Annual report of the Punjab Veterinary College and of the Civil Veterinary Department, Punjab - 1926-1932
Year: 1926
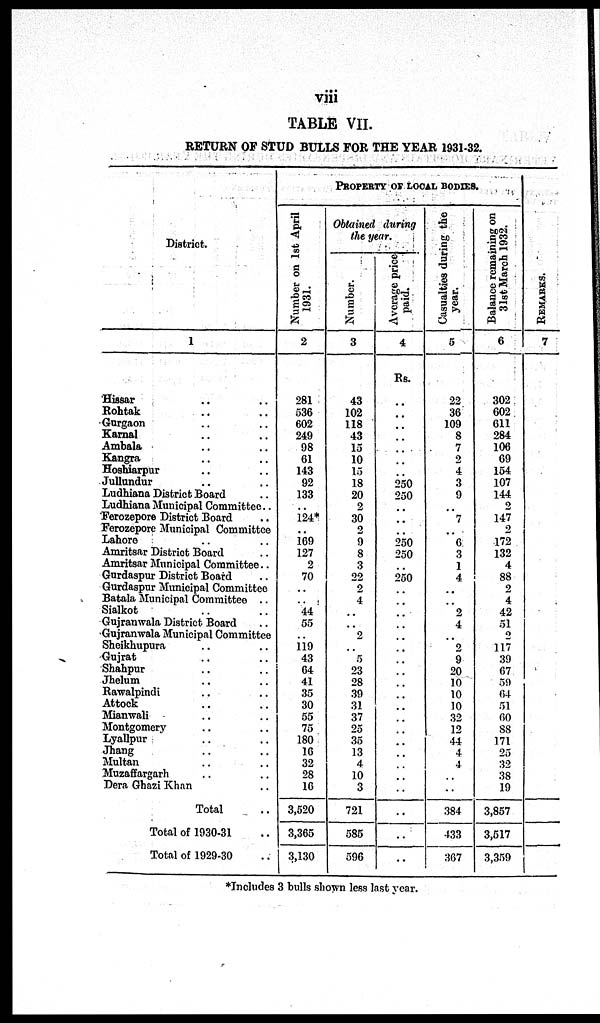
viii
TABLE VII.
RETURN OF STUD BULLS FOR THE YEAR 1931-32.
District.
1
Hissar .. ..
Rohtak .. ..
Gurgaon .. ..
Karnal .. ..
Ambala .. ..
Kangra .. ..
Hoshiarpur .. ..
Jullundur .. ..
Ludhiana District Board ..
Ludhiana Municipal Committee..
Ferozepore District Board ..
Ferozepore Municipal Committee ..
Lahore .. ..
Amritsar District Board ..
Amritsar Municipal Committee ..
Gurdaspur District Board ..
Gurdaspur Municipal Committee
Batala Municipal Committee ..
Sialkot .. ..
Gujranwala District Board ..
Gujranwala Municipal Committee
Sheikhupura .. ..
Gujrat .. ..
Shahpur .. ..
Jhelum .. ..
Rawalpindi .. ..
Attock .. ..
Mianwali .. ..
Montgomery .. ..
Lyallpur .. ..
Jhang .. ..
Multan .. ..
Muzaffargarh .. ..
Dera Ghazi Khan ..
Total ..
Total of 1930-31 ..
Total of 1929-30 ..
PROPERTY OF LOCAL BODIES.
Number on 1st April
1931.
2
281
536
602
249
98
61
143
92
133
..
124*
..
169
127
2
70
..
..
44
55
..
119 43
64
41
35
30
55
75
180
16
32
28
16
3,520
3,365
3,130
Obtained during
the year.
Number.
3
43
102
118
43
15
10
15
18
20
2
30
2
9
8
3
22
2
4
..
..
2
..
5 23
28
39
31
37
25
35
13
4
10
3
721
585
596
Average price
paid.
4
Rs.
..
..
..
..
..
..
..
250
250
..
..
..
250
250
..
250
..
..
..
..
..
..
..
..
..
..
..
..
..
..
..
..
..
..
..
..
..
Casualties during the
year.
5
22
36
109
8
7
2
4
3
9
..
7
..
6
3
1
4
..
..
2
4
..
2
9
20
10
10
10
32
12
44
4
4
..
..
384
433
367
Balance
remaining on
31st March 1932.
6
302
602
611
284
106
69
154
107
144
2
147
2
172
132
4
88
2
4
42
51
2
117
39
67
59
64
51
60 88
171
25
32
38
19
3,857
3,517
3,359
RE MARKS .
7
*Includes 3 bulls shown less last year.